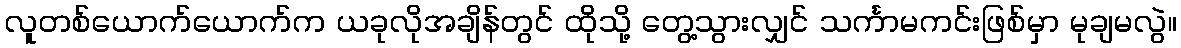
လူတစ်ယောက်ယောက်က ယခုလိုအချိန်တွင် ထိုသို့ တွေ့သွားလျှင် သင်္ကာမကင်းဖြစ်မှာ မုချမလွဲ။